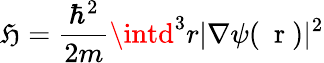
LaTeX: \mathfrak{H}=\frac{{\hbar^{2}}}{{2m}}\intd^{3}r|\nabla\psi(\mathrm{{~\mathbf{~}r~}})|^{2}